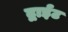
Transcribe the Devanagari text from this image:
द्वाईट